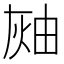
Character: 𤉓